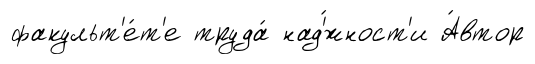
факульт'е́т'е труда́ над'́жност'и А́втор